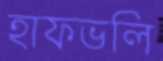
হাফভলি